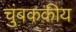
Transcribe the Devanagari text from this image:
चुंबककीय